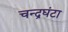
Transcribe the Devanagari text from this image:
चन्द्रघंटा